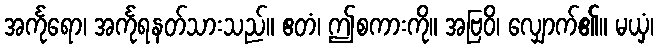
အင်္ကုရော၊ အင်္ကုရနတ်သားသည်။ ဧတံ၊ ဤစကားကို။ အဗြဝိ၊ လျှောက်၏။ မယှံ၊